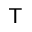
\mathsf { T }